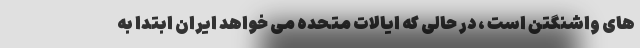
های واشنگتن است ، در حالی که ایالات متحده می خواهد ایران ابتدا به